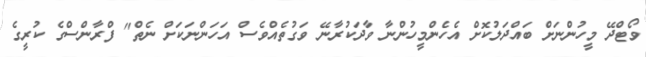
ވޯޓްދޭ މީހުންނަށް ބައްދަލުކޮށް އެހެންމީހުންނާ ވާދަކުރާނޭ ވަގުތެއްވެސް އަހަންނަކަށް ނެތް" ފްރާންސްގެ ކުރީގެ